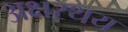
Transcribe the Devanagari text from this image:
अक्षरथय